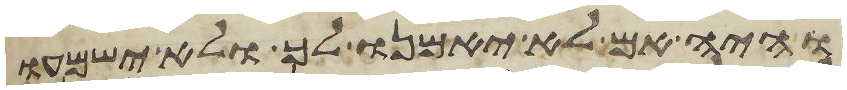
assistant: והיה אם לא יאמנו לך ולא ישמעו